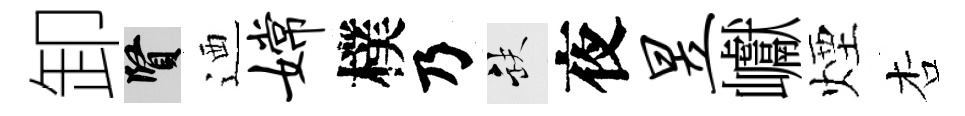
卸賢迺嫦樸乃缺夜昱巘煙杏